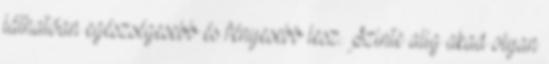
láthatóan egészségesebb és fényesebb lesz. Szinte alig akad olyan